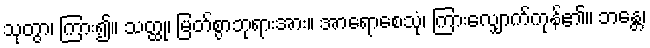
သုတွာ၊ ကြား၍။ သတ္ထု၊ မြတ်စွာဘုရားအား။ အာရောစေသုံ၊ ကြားလျှောက်ကုန်၏။ ဘန္တေ၊